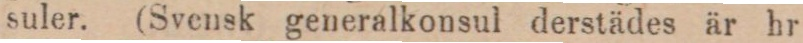
suler. (Svensk generalkonsul derstädes är hr